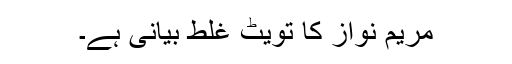
مریم نواز کا تویٹ غلط بیانی ہے۔